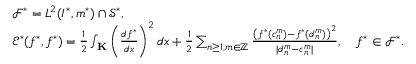
\begin{array} { r l } & { { \mathscr F } ^ { * } = L ^ { 2 } ( I ^ { * } , \mathfrak { m } ^ { * } ) \cap \mathscr { S } ^ { * } , } \\ & { { \mathscr E } ^ { * } ( f ^ { * } , f ^ { * } ) = \frac { 1 } { 2 } \int _ { \mathbf K } \left( \frac { d f ^ { * } } { d x } \right) ^ { 2 } d x + \frac { 1 } { 2 } \sum _ { n \geq 1 , m \in { \mathbb Z } } \frac { \left( f ^ { * } ( c _ { n } ^ { m } ) - f ^ { * } ( d _ { n } ^ { m } ) \right) ^ { 2 } } { | d _ { n } ^ { m } - c _ { n } ^ { m } | } , \quad f ^ { * } \in { \mathscr F } ^ { * } . } \end{array}